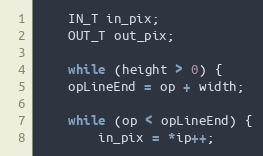
Language: C++
    IN_T in_pix;
    OUT_T out_pix;

    while (height > 0) {
	opLineEnd = op + width;

	while (op < opLineEnd) {
	    in_pix = *ip++;